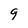
Character: q